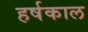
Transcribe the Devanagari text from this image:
हर्षकाल